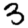
Digit: 3